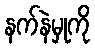
နက်နဲမှုကို